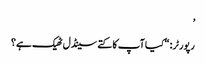
’
رپورٹر: “کیا آپ کا کتے سینڈل ٹھیک ہے؟